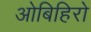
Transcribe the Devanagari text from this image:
ओबिहिरो